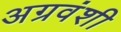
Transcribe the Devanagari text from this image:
अग्रवंशी